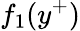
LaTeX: f_{1}(y^{+})